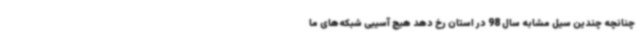
چنانچه چندین سیل مشابه سال 98 در استان رخ دهد هیچ آسیبی شبکه‌های ما